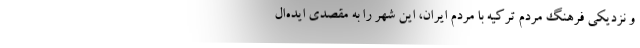
و نزدیکی فرهنگ مردم ترکیه با مردم ایران، این شهر را به مقصدی ایده‌ال